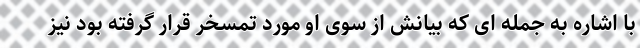
با اشاره به جمله ای که بیانش از سوی او مورد تمسخر قرار گرفته بود نیز